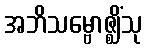
အဘိသမ္ဗောဇ္ဈိံသု